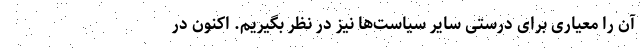
آن را معیاری برای درستی سایر سیاست‌ها نیز در نظر بگیریم. اکنون در